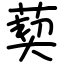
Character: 葜